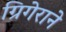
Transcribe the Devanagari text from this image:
ग्रिगेराने